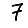
Digit: 7